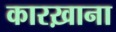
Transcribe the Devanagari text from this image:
कारख़ाना